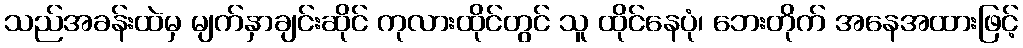
သည်အခန်းထဲမှ မျက်နှာချင်းဆိုင် ကုလားထိုင်တွင် သူ ထိုင်နေပုံ၊ ဘေးတိုက် အနေအထားဖြင့်